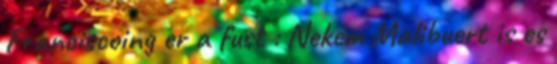
Franciscoing er a fust : Nekem Malibuert is es